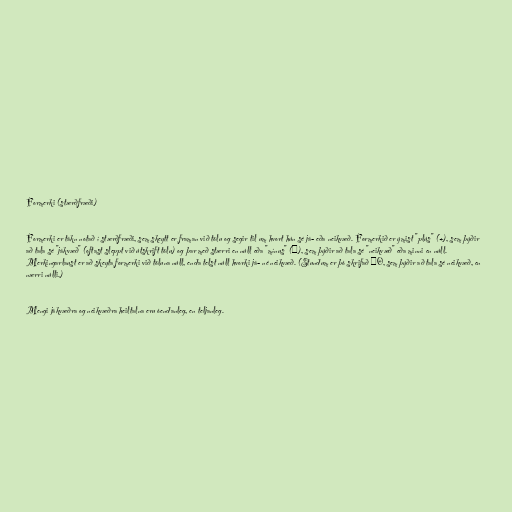
Formerki (stærðfræði)

Formerki er tákn notað í stærðfræði, sem skeytt er framan við tölu og segir til um hvort hún sé já- eða neikvæð. Formerkið er ýmist "plús" (+), sem þýðir
að tala sé "jákvæð" (oftast sleppt við útskrift tölu) og þar með stærri en núll eða "mínus" (−), sem þýðir að tala sé "neikvæð" eða minni en núll.
Merkingarlaust er að skeyta formerki við töluna núll, enda telst núll hvorki já- né neikvæð. (Stundum er þó skrifað −0, sem þýðir að tala sé neikvæð, en
nærri núlli.)

Mengi jákvæðra og neikvæðra heiltalna eru óendanleg, en teljanleg.